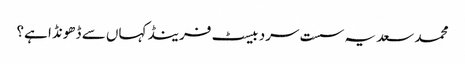
محمد سعد یہ سست سرد بیسٹ فرینڈ کہاں سے ڈھونڈا ہے؟